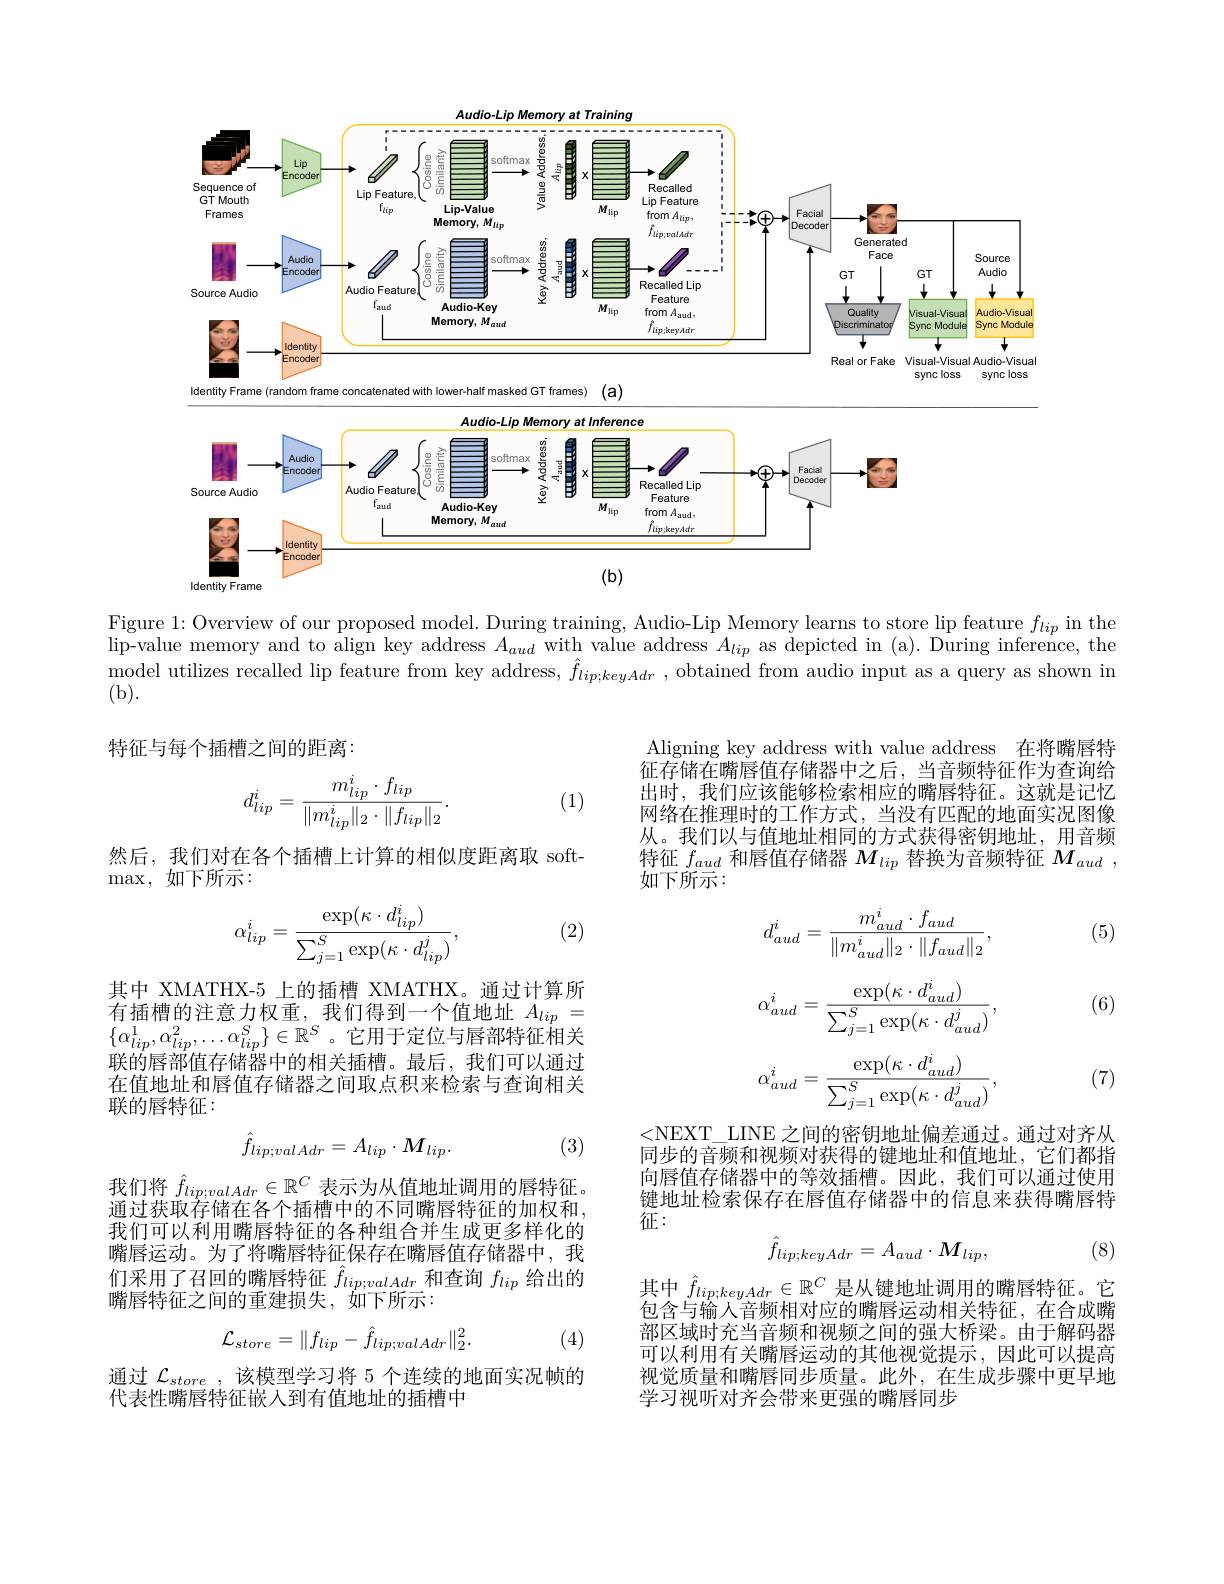
<FigureHere>
$(b)$

Identity Frame

Figure 1: Overview of our proposed model. During training, Audio-Lip Memory learns to store lip feature $f_lip$ in the $\bar{\text{lip-value memory and to align key address }A}_{aud}$with value address $\bar{A}_{lip}$ as depicted in (a). During inference, the model utilizes recalled lip feature from key address, $\hat{f}_{lip;keyAdr}$, obtained from audio input as a query as shown in (b).
特征与每个插槽之间的距离：
Aligning key address with value address 在将嘴唇特

(1)
$$d_{lip}^i=\frac{m_{lip}^i\cdot f_{lip}}{\|m_{lip}^i\|_2\cdot\|f_{lip}\|_2}.$$
征存储在嘴唇值存储器中之后，当音频特征作为查询给出时，我们应该能够检索相应的嘴唇特征。这就是记忆网络在推理时的工作方式，当没有匹配的地面实况图像从。我们以与值地址相同的方式获得密钥地址，用音频特征$f_{aud}$和唇值存储器$M_lip$替换为音频特征$M_{aud}$, 如下所示：

然后，我们对在各个插槽上计算的相似度距离取 soft-
$\max$,如下所示：

(2)

(5)
$$\alpha_{lip}^{i}=\frac{\exp(\kappa\cdot d_{lip}^{i})}{\sum_{j=1}^{S}\exp(\kappa\cdot d_{lip}^{j})},$$
(6)
$$d_{aud}^{i}=\frac{m_{aud}^{i}\cdot f_{aud}}{\|m_{aud}^{i}\|_{2}\cdot\|f_{aud}\|_{2}},\\\alpha_{aud}^{i}=\frac{\exp(\kappa\cdot d_{aud}^{i})}{\sum_{j=1}^{S}\exp(\kappa\cdot d_{aud}^{j})},\\\alpha_{aud}^{i}=\frac{\exp(\kappa\cdot d_{aud}^{i})}{\sum_{j=1}^{S}\exp(\kappa\cdot d_{aud}^{j})},$$
其中 XMATHX-5 上的插槽 XMATHX。通过计算所有插槽的注意力权重，我们得到一个值地址$A_{lip}=$ $\{\alpha_{lip}^1,\alpha_{lip}^2,\ldots\alpha_{lip}^S\}\in\mathbb{R}^S$。它用于定位与唇部特征相关联的唇部值存储器中的相关插槽。最后，我们可以通过在值地址和唇值存储器之间取点积来检索与查询相关联的唇特征：

(7)

(3)
$$\hat{f}_{lip;valAdr}=A_{lip}\cdot M_{lip}.$$
<NEXT\_LINE之间的密钥地址偏差通过。通过对齐从同步的音频和视频对获得的键地址和值地址，它们都指向唇值存储器中的等效插槽。因此，我们可以通过使用键地址检索保存在唇值存储器中的信息来获得嘴唇特征：

我们将$\hat{f}_lip;valAdr\in\mathbb{R}^C$表示为从值地址调用的唇特征。通过获取存储在各个插槽中的不同嘴唇特征的加权和， 我们可以利用嘴唇特征的各种组合并生成更多样化的嘴唇运动。为了将嘴唇特征保存在嘴唇值存储器中，我们采用了召回的嘴唇特征$\hat{f}_lip;valAdr$和查询$f_lip$给出的嘴唇特征之间的重建损失，如下所示：

(8)
$$\hat{f}_{lip;keyAdr}=A_{aud}\cdot M_{lip},$$
其中$\begin{array}{l}\hat{f}_{lip;keyAdr}\in\mathbb{R}^C\\\text{ 是从键地址调用的嘴唇特征。它}\\\text{久人口如立此时对广的雌厚穴土田为杜行}\\\end{array}$
$$\mathcal L_{store}=\|f_{lip}-\hat f_{lip;valAdr}\|_{2}^{2}.$$
(4)

包含与输入音频相对应的嘴唇运动相关特征，在合成嘴部区域时充当音频和视频之间的强大桥梁。由于解码器可以利用有关嘴唇运动的其他视觉提示，因此可以提高视觉质量和嘴唇同步质量。此外，在生成步骤中更早地学习视听对齐会带来更强的嘴唇同步

通过$\mathcal{L} _{store}$ ,该模型学习将 5 个连续的地面实况帧的
代表性嘴唇特征嵌人到有值地址的插槽中